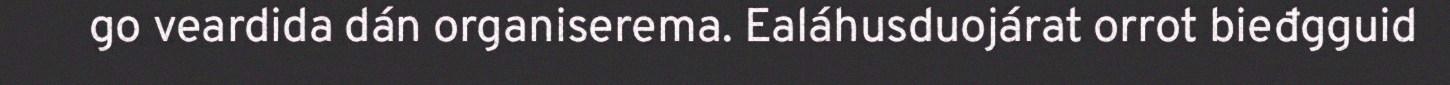
go veardida dán organiserema. Ealáhusduojárat orrot bieđgguid